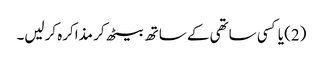
(2) یا کسی ساتھی کے ساتھ بیٹھ کر مذاکرہ کرلیں۔